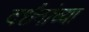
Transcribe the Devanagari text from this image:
दर्शनांच्या